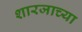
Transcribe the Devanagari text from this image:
शारजाच्या